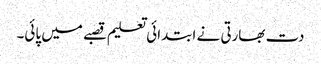
دت بھارتی نے ابتدائی تعلیم قصبے میں پائی۔